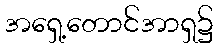
အရှေ့တောင်အာရှ၌